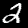
Digit: 2